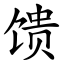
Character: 馈